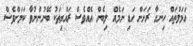
އަމަލުތައް ހިނގާ ރަށަށް ހަޑި ނަމެއް ލިބެން އެއްވެސް ރައްޔިތަކު ބޭނުންނުވާ ކަމަށްވެސް